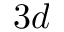
3 d